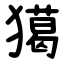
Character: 獦